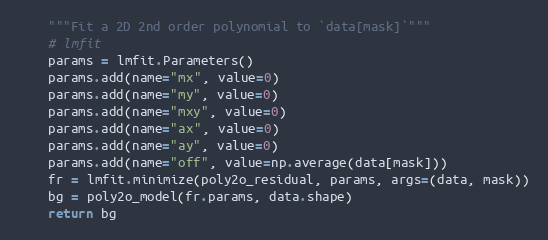
Language: Python
    """Fit a 2D 2nd order polynomial to `data[mask]`"""
    # lmfit
    params = lmfit.Parameters()
    params.add(name="mx", value=0)
    params.add(name="my", value=0)
    params.add(name="mxy", value=0)
    params.add(name="ax", value=0)
    params.add(name="ay", value=0)
    params.add(name="off", value=np.average(data[mask]))
    fr = lmfit.minimize(poly2o_residual, params, args=(data, mask))
    bg = poly2o_model(fr.params, data.shape)
    return bg